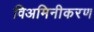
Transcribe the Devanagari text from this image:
विअमिनीकरण